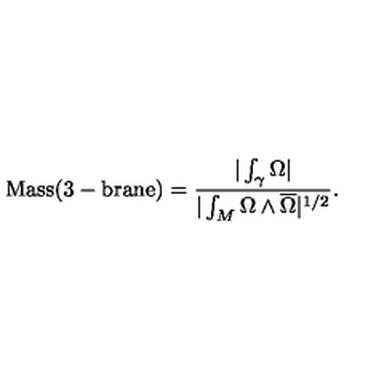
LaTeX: \mathrm { M a s s ( 3 - b r a n e ) } = { \frac { | \int _ { \gamma } \Omega | } { | \int _ { M } \Omega \wedge \overline { \Omega } | ^ { 1 / 2 } } } .